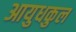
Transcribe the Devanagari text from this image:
आयुधकुल